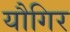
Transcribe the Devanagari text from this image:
यौगिर